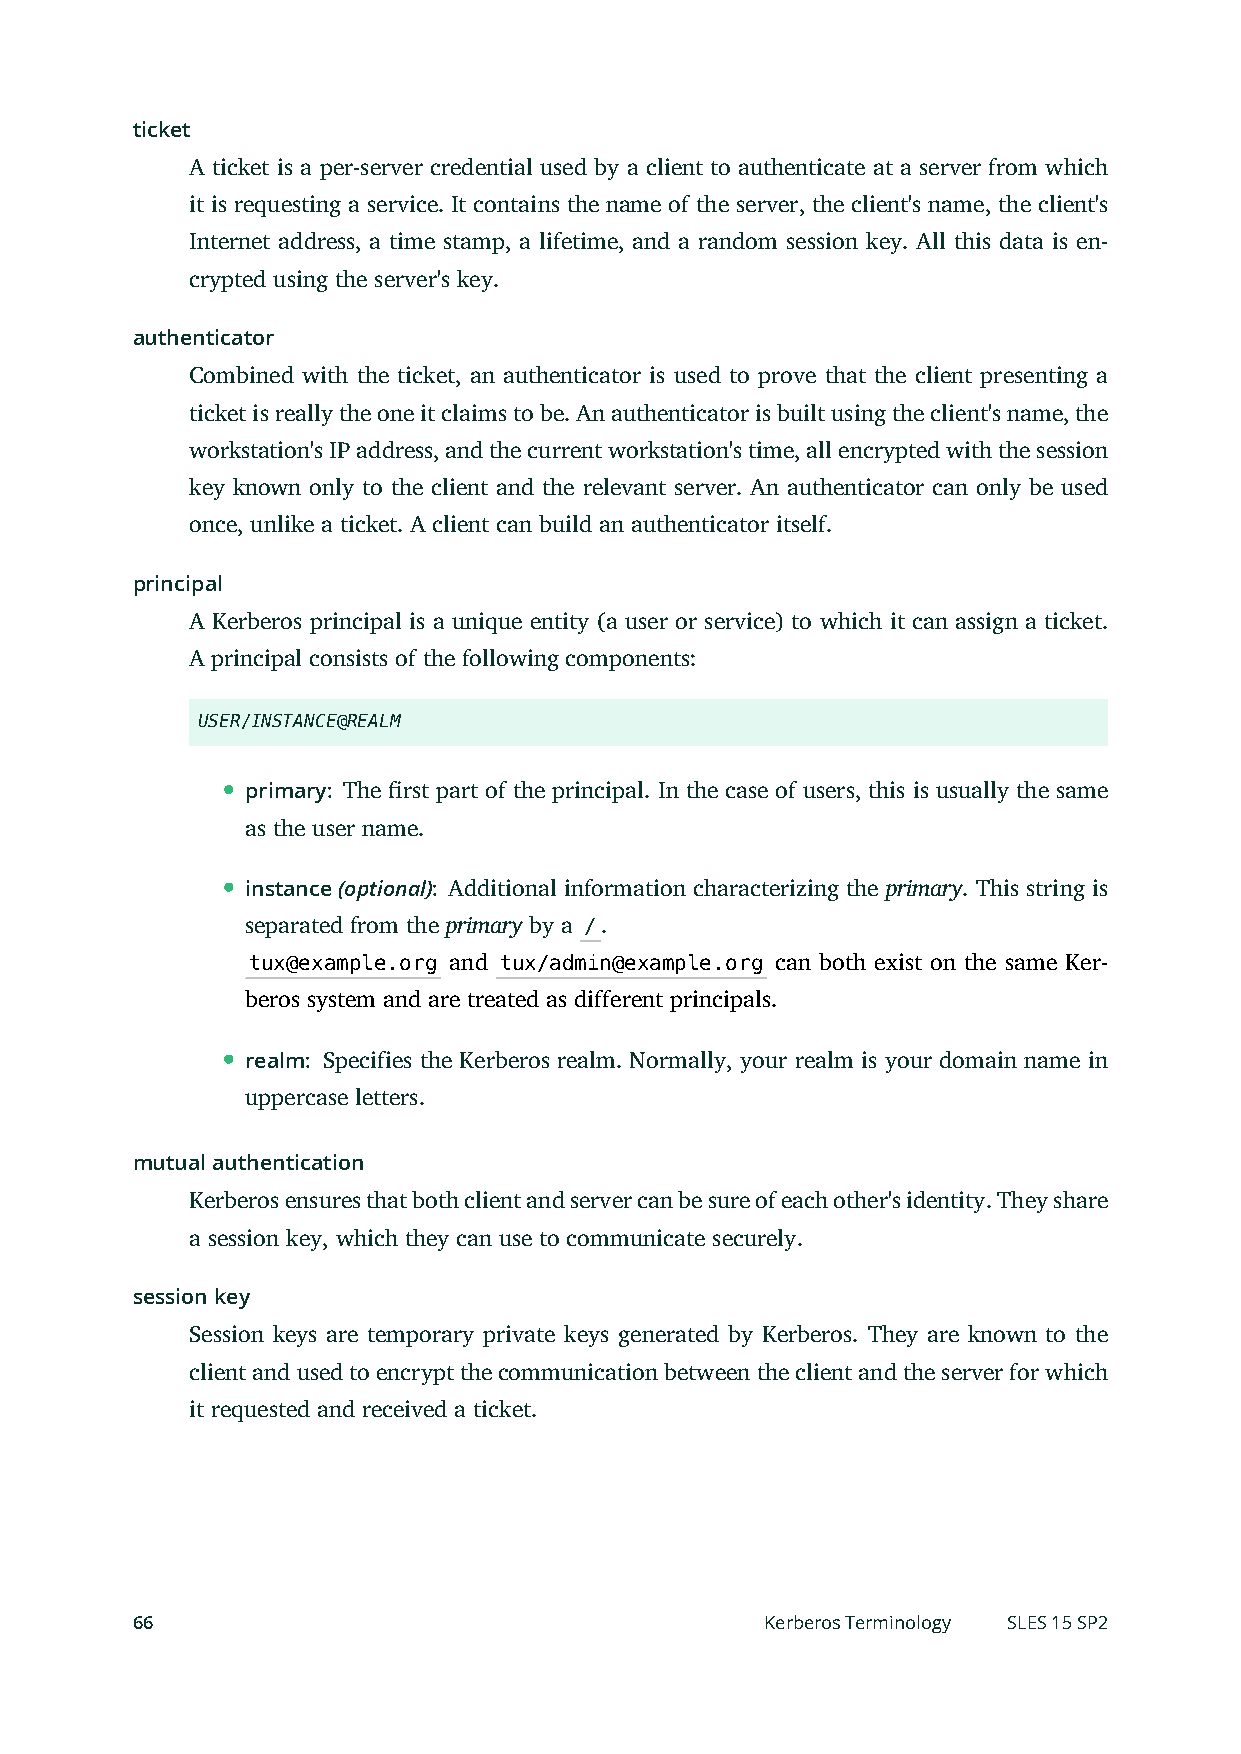
ticket
 A ticket is a per-server credential used by a client to authenticate at a server from which
 it is requesting a service. It contains the name of the server, the client's name, the client's
 Internet address, a time stamp, a lifetime, and a random session key. All this data is en-
 crypted using the server's key.
 authenticator
 Combined with the ticket, an authenticator is used to prove that the client presenting a
 ticket is really the one it claims to be. An authenticator is built using the client's name, the
 workstation's IP address, and the current workstation's time, all encrypted with the session
 key known only to the client and the relevant server. An authenticator can only be used
 once, unlike a ticket. A client can build an authenticator itself.
 principal
 A Kerberos principal is a unique entity (a user or service) to which it can assign a ticket.
 A principal consists of the following components:
 USER/INSTANCE@REALM
 primary: The rst part of the principal. In the case of users, this is usually the same
 as the user name.
 instance (optional): Additional information characterizing the primary. This string is
 separated from the primary by a /.
 tux@example.org and tux/admin@example.org can both exist on the same Ker-
 beros system and are treated as different principals.
 realm: Specifies the Kerberos realm. Normally, your realm is your domain name in
 uppercase letters.
 mutual authentication
 Kerberos ensures that both client and server can be sure of each other's identity. They share
 a session key, which they can use to communicate securely.
 session key
 Session keys are temporary private keys generated by Kerberos. They are known to the
 client and used to encrypt the communication between the client and the server for which
 it requested and received a ticket.
 66                                        Kerberos Terminology SLES 15 SP2